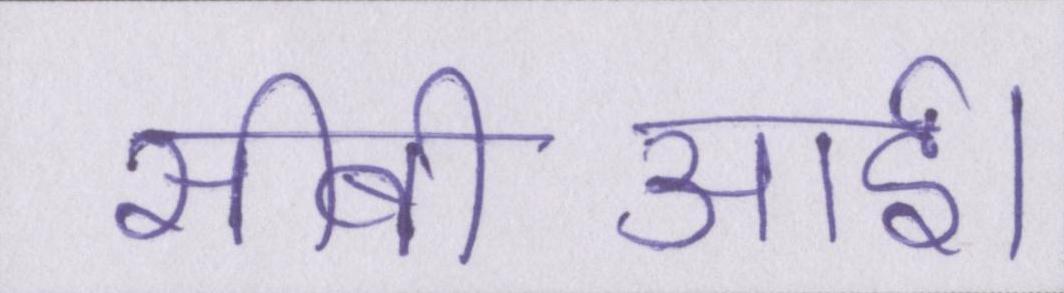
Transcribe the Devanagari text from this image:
सीबीआई।